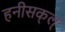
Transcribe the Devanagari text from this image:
हनीसक्‌ल्‌